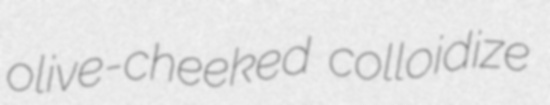
olive-cheeked colloidize